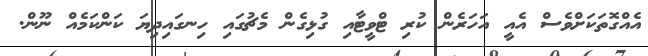
އެއްގޮތަކަށްވެސް އެއީ އަހަރެން ކުރި ޓްވީޓާއި ގުޅިގެން މެޗުގައި ހިނގައިދިޔަ ކަންކަމެއް ނޫން.